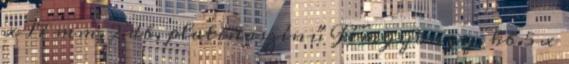
x 17 mm, 2 db, platinaszínű Fémgyöngy, kb.5 x